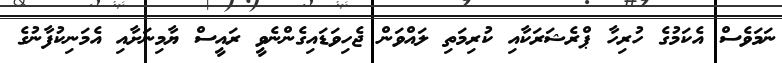
ނަމަވެސް އެކަމުގެ ހުރިހާ ޕްރެޝަރަކާއި ކުރިމަތި ލައްވަން ޖެހިވަޑައިގެންނެވީ ރައީސް ޔާމިނަށާއި އެމަނިކުފާނުގެ